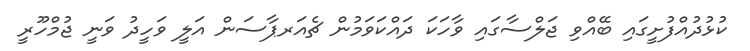
ކުޅުދުއްފުށީގައި ބޭއްވި ޖަލްސާގައި ވާހަކަ ދައްކަވަމުން ޗެއަރޕާސަން އަލީ ވަހީދު ވަނީ ޖުމްހޫރީ